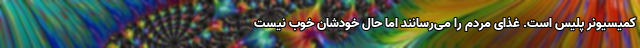
کمیسیونر پلیس است. غذای مردم را می‌‌رسانند اما حال خودشان خوب نیست